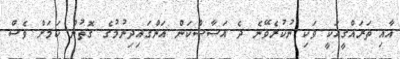
އާއި ތަރައްގީއަކީ ވަކި ނުކުރެވޭނެ ދެ އަސާސްކަން އަންގައިދިނުމުގެ ގޮތުން ކަމަށް ވެސް